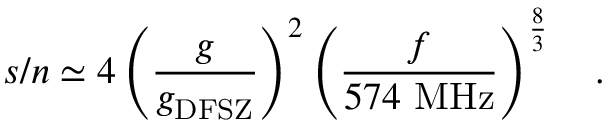
s / n \simeq 4 \left( { \frac { g } { g _ { \mathrm { D F S Z } } } } \right) ^ { 2 } \left( { \frac { f } { 5 7 4 ~ \mathrm { M H z } } } \right) ^ { \frac { 8 } { 3 } } ~ ~ \ .